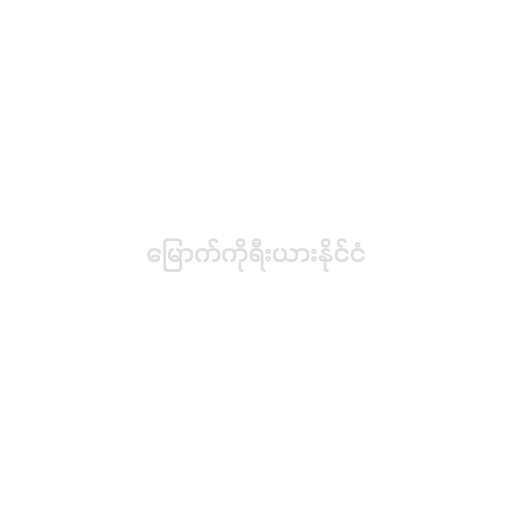
မြောက်ကိုရီးယားနိုင်ငံ